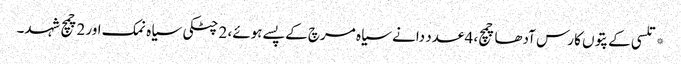
*تلسی کے پتوں کا رس آدھا چمچ، 4 عدد دانے سیاہ مرچ کے پسے ہوئے، 2 چٹکی سیاہ نمک اور 2چمچ شہد۔